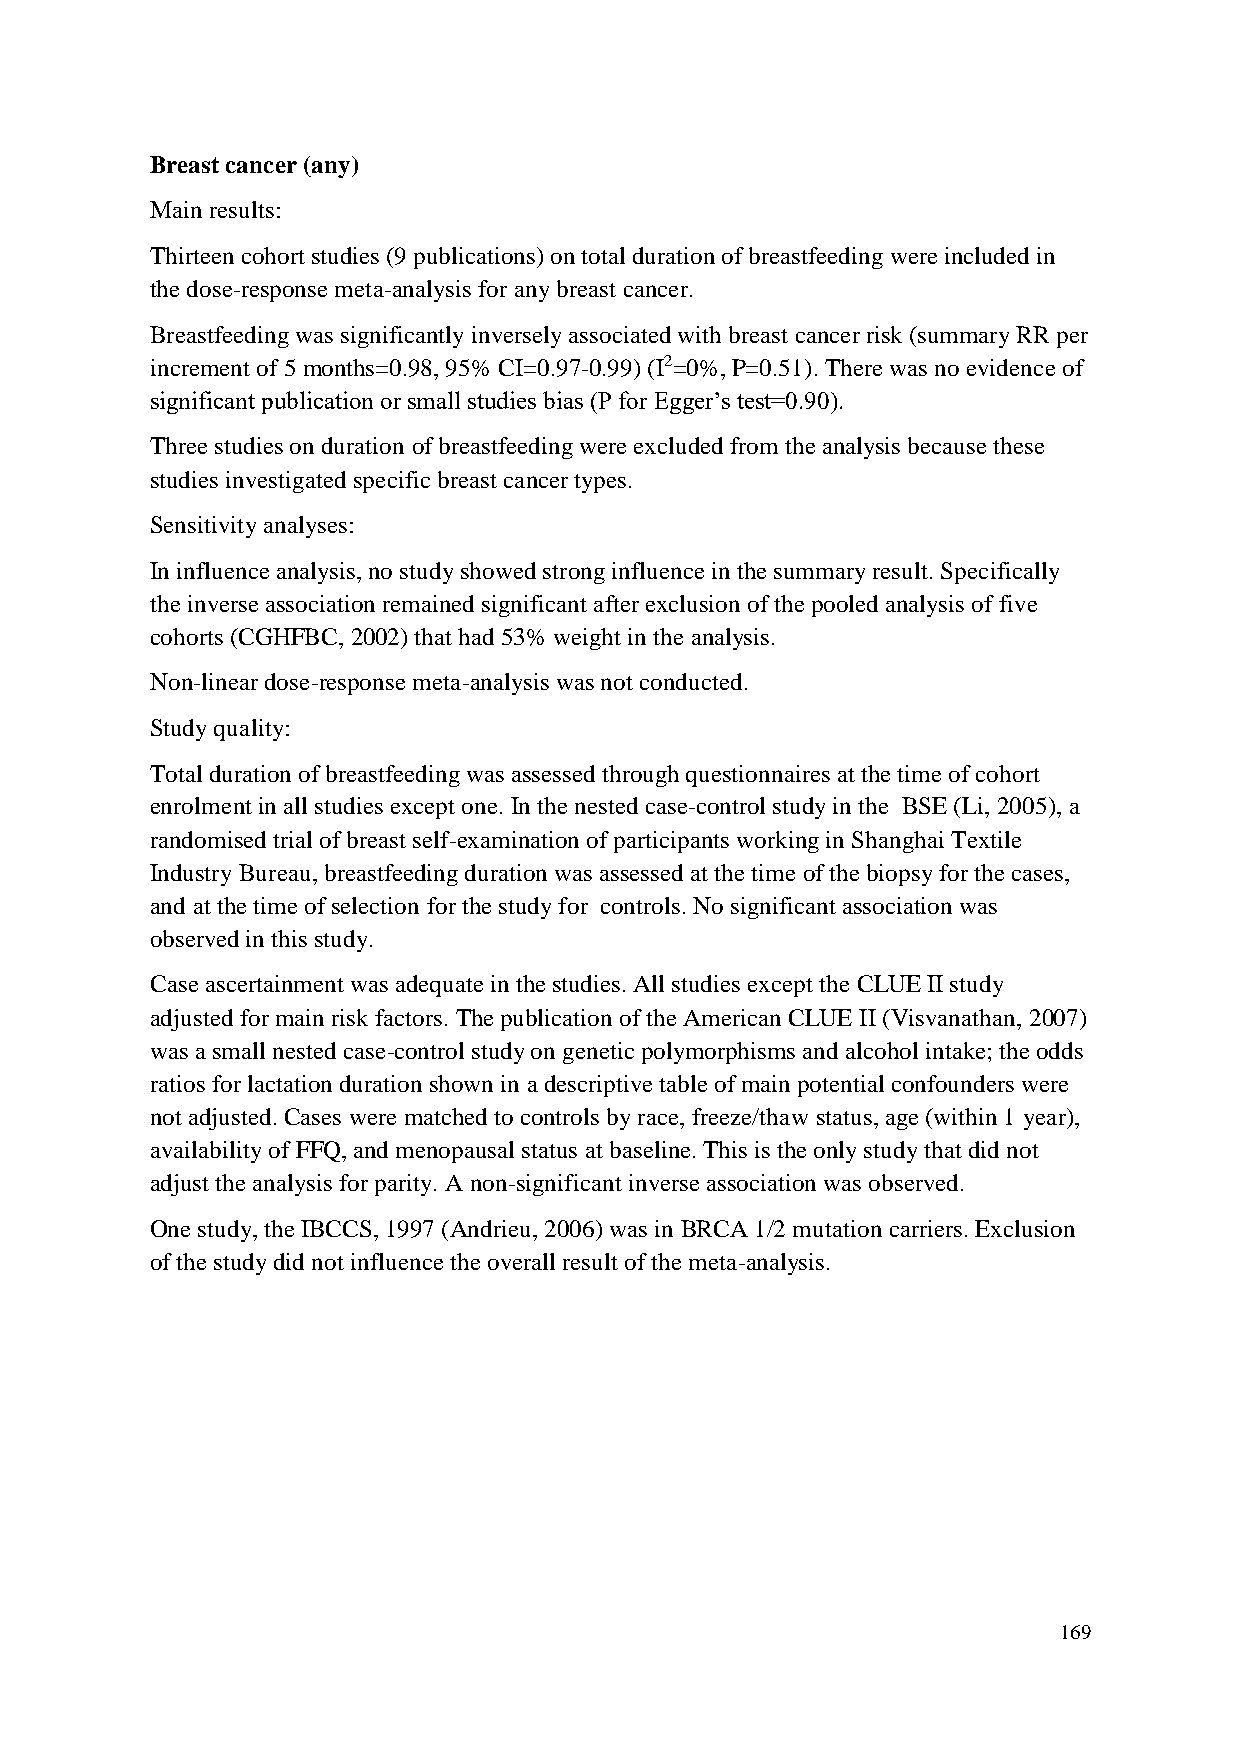
Breast cancer (any)
 Main results:
 Thirteen cohort studies (9 publications) on total duration of breastfeeding were included in
 the dose-response meta-analysis for any breast cancer.
 Breastfeeding was significantly inversely associated with breast cancer risk (summary RR per
 increment of 5 months=0.98, 95% CI=0.97-0.99) (I2=0%, P=0.51). There was no evidence of
 significant publication or small studies bias (P for Egger’s test=0.90).
 Three studies on duration of breastfeeding were excluded from the analysis because these
 studies investigated specific breast cancer types.
 Sensitivity analyses:
 In influence analysis, no study showed strong influence in the summary result. Specifically
 the inverse association remained significant after exclusion of the pooled analysis of five
 cohorts (CGHFBC, 2002) that had 53% weight in the analysis.
 Non-linear dose-response meta-analysis was not conducted.
 Study quality:
 Total duration of breastfeeding was assessed through questionnaires at the time of cohort
 enrolment in all studies except one. In the nested case-control study in the BSE (Li, 2005), a
 randomised trial of breast self-examination of participants working in Shanghai Textile
 Industry Bureau, breastfeeding duration was assessed at the time of the biopsy for the cases,
 and at the time of selection for the study for controls. No significant association was
 observed in this study.
 Case ascertainment was adequate in the studies. All studies except the CLUE II study
 adjusted for main risk factors. The publication of the American CLUE II (Visvanathan, 2007)
 was a small nested case-control study on genetic polymorphisms and alcohol intake; the odds
 ratios for lactation duration shown in a descriptive table of main potential confounders were
 not adjusted. Cases were matched to controls by race, freeze/thaw status, age (within 1 year),
 availability of FFQ, and menopausal status at baseline. This is the only study that did not
 adjust the analysis for parity. A non-significant inverse association was observed.
 One study, the IBCCS, 1997 (Andrieu, 2006) was in BRCA 1/2 mutation carriers. Exclusion
 of the study did not influence the overall result of the meta-analysis.
 169